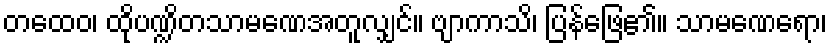
တထေဝ၊ ထိုပဏ္ဍိတသာမဏေအတူလျှင်။ ဗျာကာသိ၊ ပြန်ဖြေ၏။ သာမဏေရော၊